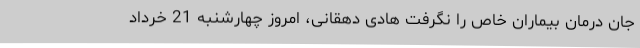
جان درمان بیماران خاص را نگرفت هادی دهقانی، امروز چهارشنبه 21 خرداد